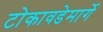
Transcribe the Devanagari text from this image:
टोकावडेमार्गे